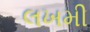
લખમી